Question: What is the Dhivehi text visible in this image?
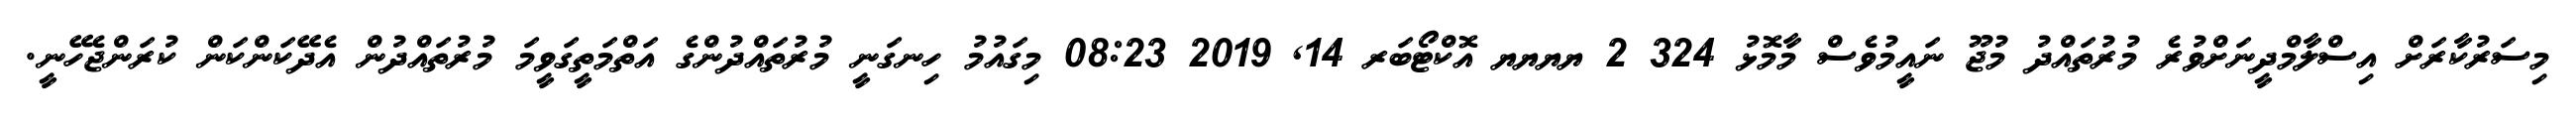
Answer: މިސަރުކާރަށް އިސްލާމްދީނަށްވުރެ މުރުތައްދު މުޖޫ ނައީމުވެސް މާމޮޅު 324 2 ޔޔޔޔ އޮކްޓޯބަރ 14, 2019 08:23 މިގައުމު ހިނގަނީ މުރުތައްދުންގެ އަތްމަތީގަވީމަ މުރުތައްދުން އެދޭކަންކަން ކުރަންޖެހޭނީ.